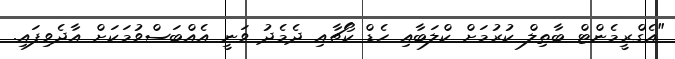
"އެގްރީމެންޓް ބާތިލް ކުރުމަށް ކްލަބާއި ހެޑް ކޯޗާއި ދެމެދު ވަނީ އެއްބަސްވުމަކަށް އާދެވިފައި.